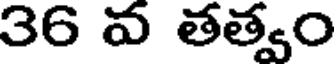
36 వ తత్వం